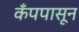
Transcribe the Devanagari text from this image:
कँपपासून